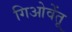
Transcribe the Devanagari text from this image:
गिओवेंतू